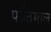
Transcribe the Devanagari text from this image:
पर्वतमाल